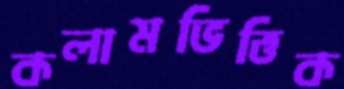
কলামভিত্তিক